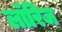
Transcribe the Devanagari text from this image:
लॉरिज